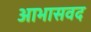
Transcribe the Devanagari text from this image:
आभासवद